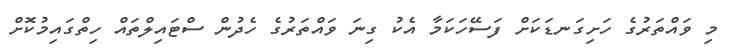
މި ވައްތަރުގެ ހަށިގަނޑަކަށް ފަސޭހަކަމާ އެކު ގިނަ ވައްތަރުގެ ހެދުން ސްޓައިލްތައް ހިތްގައިމުކޮށް